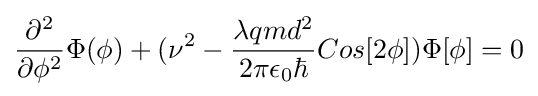
{\frac {\partial ^{2}}{\partial \phi ^{2}}}\Phi (\phi )+(\nu ^{2}-{\frac {\lambda qmd^{2}}{2\pi \epsilon _{0}\hbar }}Cos[2\phi ])\Phi [\phi ]=0